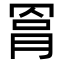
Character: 𦋀